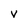
Character: V